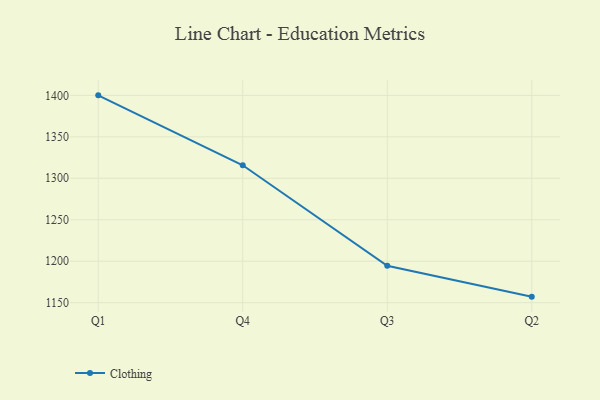
{"axis": {"x": "Quarter", "y": "Waste Production (Tons)"}, "legend": ["Clothing"], "data": [{"x": "Q1", "y": 1400.0, "type": "Clothing"}, {"x": "Q4", "y": 1315.7, "type": "Clothing"}, {"x": "Q3", "y": 1194.5, "type": "Clothing"}, {"x": "Q2", "y": 1157.3, "type": "Clothing"}]}